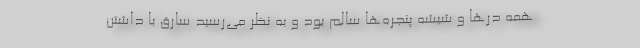
همه درها و شیشه پنجره‌ها سالم بود و به ‌نظر می‌رسید سارق با داشتن